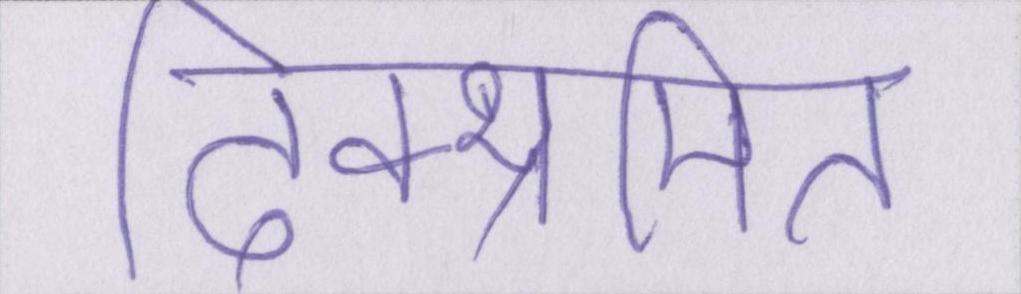
दिक्भ्रमित